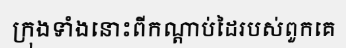
ក្រុងទាំងនោះពីកណ្តាប់ដៃរបស់ពួកគេ